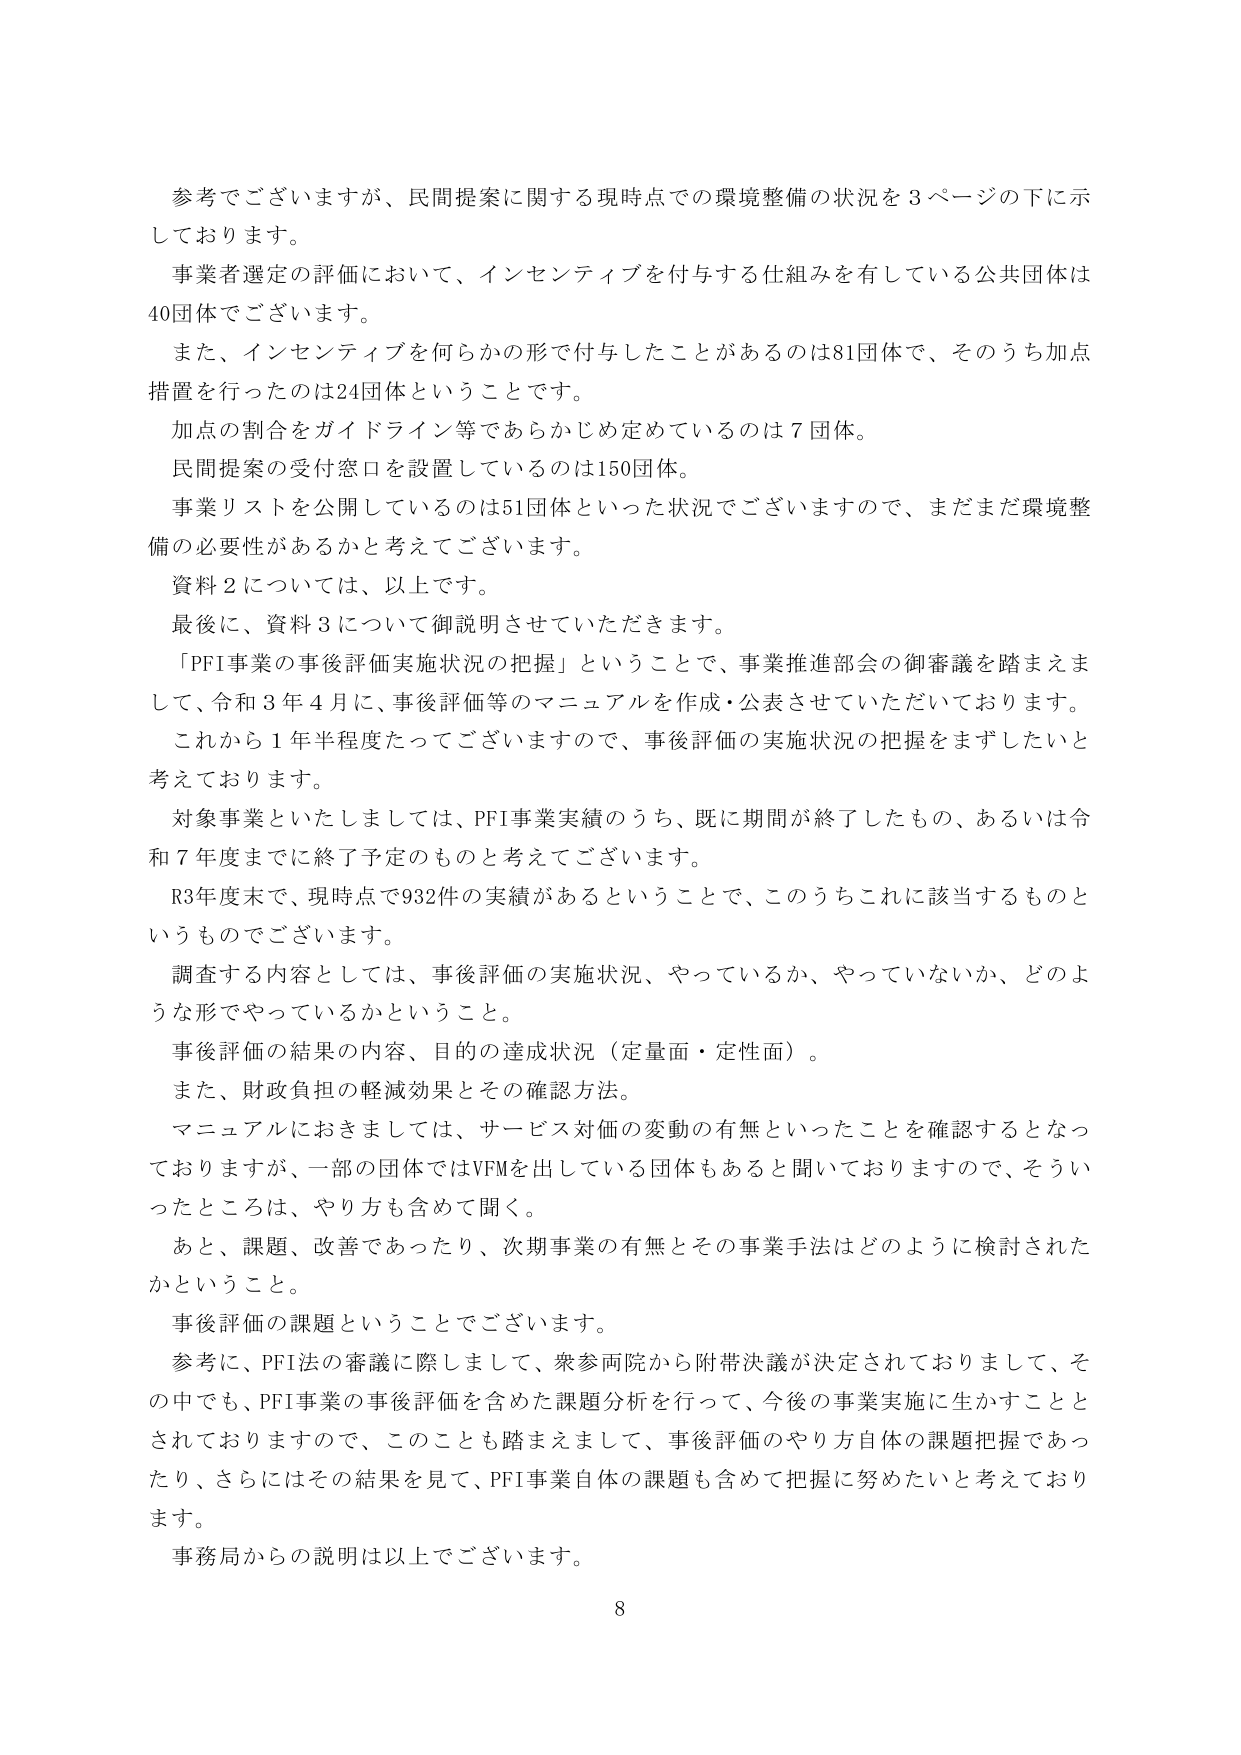
参考でございますが、民間提案に関する現時点での環境整備の状況を３ページの下に示しております。

事業者選定の評価において、インセンティブを付与する仕組みを有している公共団体は40団体でございます。

また、インセンティブを何らかの形で付与したことがあるのは81団体で、そのうち加点措置を行ったのは24団体ということです。

加点の割合をガイドライン等であらかじめ定めているのは７団体。

民間提案の受付窓口を設置しているのは150団体。

事業リストを公開しているのは51団体といった状況でございますので、まだまだ環境整備の必要性があるかと考えております。

資料２については、以上です。

最後に、資料３について御説明させていただきます。

「PFI事業の事後評価実施状況の把握」ということで、事業推進部会の御審議を踏まえまして、令和３年４月に、事後評価等のマニュアルを作成・公表させていただいております。

これから１年半程度たってございますので、事後評価の実施状況の把握をまずしたいと考えております。

対象事業といたしましては、PFI事業実績のうち、既に期間が終了したもの、あるいは令和７年度までに終了予定のものと考えております。

R3年度末で、現時点で932件の実績があるということで、このうちこれに該当するものというものです。

調査する内容としては、事後評価の実施状況、やっているか、やっていないか、どのような形でやっているかということ。

事後評価の結果の内容、目的の達成状況（定量面・定性面）。

また、財政負担の軽減効果とその確認方法。

マニュアルにおきましては、サービス対価の変動の有無といったことを確認するとなっておりますが、一部の団体ではVFMを出している団体もあると聞いておりますので、そういったところは、やり方も含めて聞く。

あと、課題、改善であったり、次期事業の有無とその事業手法はどのように検討されたかということ。

事後評価の課題ということでございます。

参考に、PFI法の審議に際しまして、衆参両院から附帯決議が決定されておりまして、その中でも、PFI事業の事後評価を含めた課題分析を行って、今後の事業実施に生かすこととされておりますので、このことも踏まえまして、事後評価のやり方自体の課題把握であったり、さらにはその結果を見て、PFI事業自体の課題も含めて把握に努めたいと考えております。

事務局からの説明は以上でございます。

8